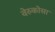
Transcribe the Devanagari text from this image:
वेरुकोसा